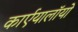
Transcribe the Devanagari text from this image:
कार्एयालाॅयो